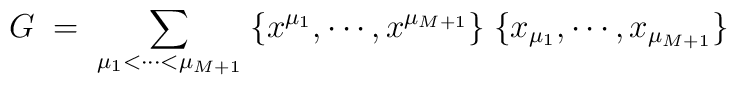
G\;=\;\sum_{\mu_1<\cdots <\mu_{M+1}}\;\{ x^{\mu_1}, \cdots,x^{\mu_{M+1}}\}\; \{ x_{\mu_1},\cdots, x_{\mu_{M+1}}\}